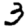
Digit: 3